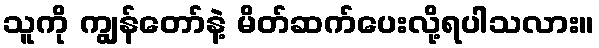
သူကို ကျွန်တော်နဲ့ မိတ်ဆက်ပေးလို့ရပါသလား။